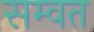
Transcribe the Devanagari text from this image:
सम्‍वत